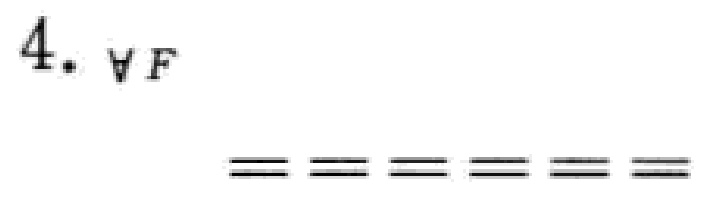
$4.\ \forall F$